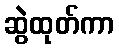
ဆွဲထုတ်ကာ